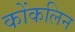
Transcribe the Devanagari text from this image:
कोंकलिन